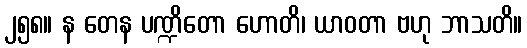
၂၅၈။ န တေန ပဏ္ဍိတော ဟောတိ၊ ယာဝတာ ဗဟု ဘာသတိ။